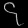
Digit: ၄